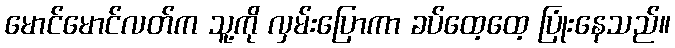
မောင်မောင်လတ်က သူ့ကို လှမ်းပြောကာ ခပ်ထေ့ထေ့ ပြုံးနေသည်။